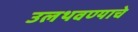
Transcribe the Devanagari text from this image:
उलथवण्याचे